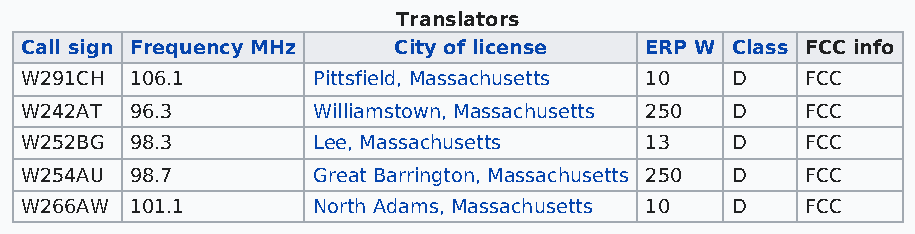
Translators
 Call sign Frequency MHz  City of license  ERP W Class FCC info
 W291CH  106.1       Pittsfield, Massachusetts 10 D  FCC
 W242AT  96.3        Williamstown, Massachusetts 250 D FCC
 W252BG  98.3        Lee, Massachusetts    13   D    FCC
 W254AU  98.7        Great Barrington, Massachusetts 250 D FCC
 W266AW  101.1       North Adams, Massachusetts 10 D FCC